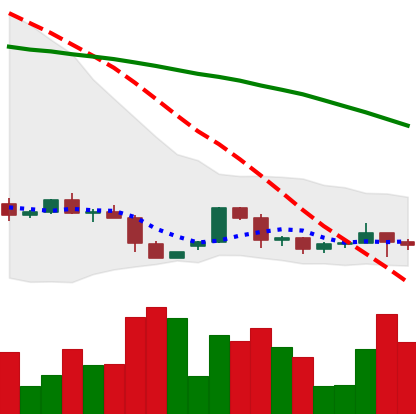
Ticker: ETH-USD
Chart end date: 2022-06-08
Forward return: -32.839%
Label: down_7plus